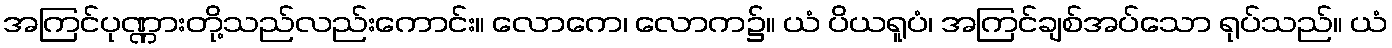
အကြင်ပုဏ္ဏားတို့သည်လည်းကောင်း။ လောကေ၊ လောက၌။ ယံ ပိယရူပံ၊ အကြင်ချစ်အပ်သော ရုပ်သည်။ ယံ